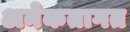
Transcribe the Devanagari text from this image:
अनेकतागत